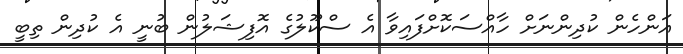
އަންހެން ކުދިންނަށް ހާއްސަކޮށްފައިވާ އެ ސްކޫލުގެ އޮފިޝަލުން ބުނީ އެ ކުދިން ތިބީ